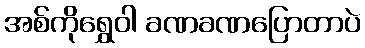
အစ်ကိုရွှေဝါ ခဏခဏပြောတာပဲ